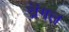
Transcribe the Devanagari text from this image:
व्रेंगल